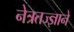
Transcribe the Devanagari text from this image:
नेत्रतज्ज्ञाने